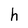
Character: h